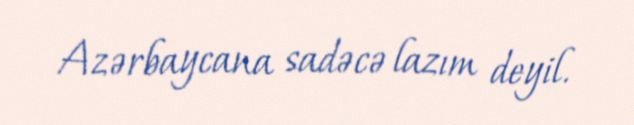
Azərbaycana sadəcə lazım deyil.